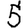
Digit: 5